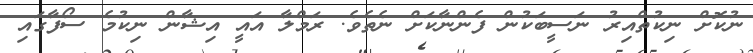
ނުކޮށް ނިކުތްއިރު ނަސީބަކުން ފެންނާކަށް ނެތެވެ. ރަމްލާ އައީ އިޝާން ނިކުމެ ސޯފާގައި